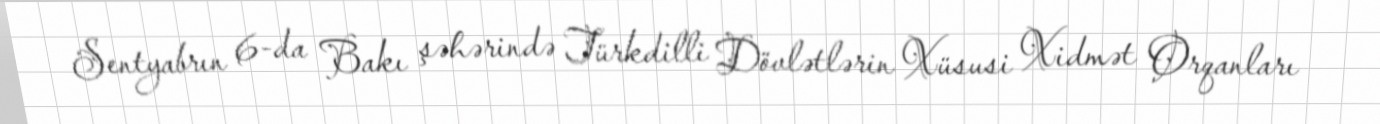
Sentyabrın 6-da Bakı şəhərində Türkdilli Dövlətlərin Xüsusi Xidmət Orqanları